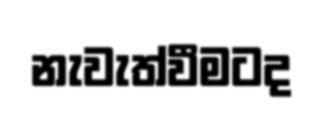
නැවැත්වීමටද